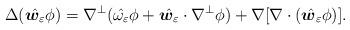
LaTeX: \begin{align*}\Delta (\hat{\boldsymbol{w}_\varepsilon} \phi) = \nabla^{\bot} (\hat{\omega_\varepsilon} \phi + \hat{\boldsymbol{w}_\varepsilon} \cdot \nabla^\bot \phi)+\nabla[\nabla\cdot(\hat{\boldsymbol{w}_{\varepsilon}}\phi)].\end{align*}